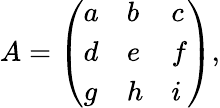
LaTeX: A={\left(\begin{array}{lll}{a}&{b}&{c}\\ {d}&{e}&{f}\\ {g}&{h}&{i}\end{array}\right)},